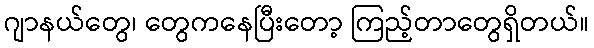
ဂျာနယ်တွေ၊ တွေကနေပြီးတော့ ကြည့်တာတွေရှိတယ်။